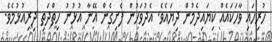
ހުރިހައި ވާހަކައެއް ކިޔައިދެމުން ދިޔައެވެ. އެދުވަހުން ފެށިގެން އޭނާ އުޅުނު ހިތްދަތި ދިރިއުޅުމެވެ.